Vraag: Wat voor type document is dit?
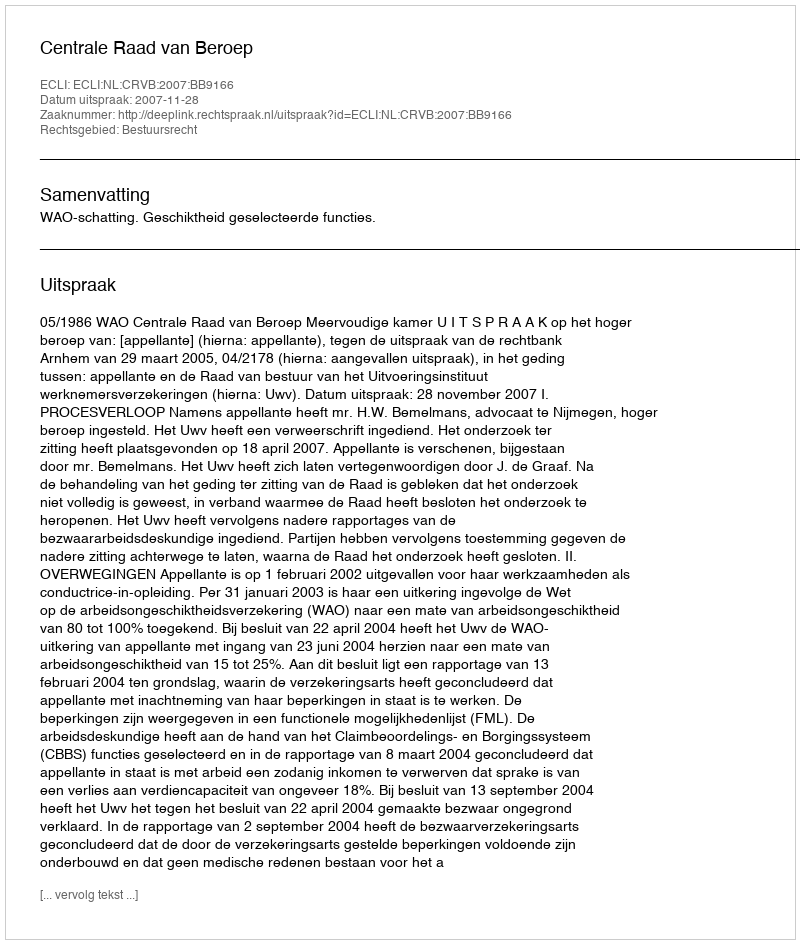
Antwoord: Uitspraak